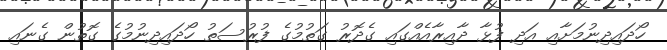
ހޯދައިދިނުމަށާއި އަދި ފުޅާ ދާއިރާއެއްގައި ގެދޮރު ގަތުމުގެ ފުރުސަތު ހޯދައިދިނުމުގެ ގޮތުން ގެނައި